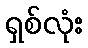
ရှစ်လုံး